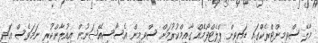
މާލޭ ސްވިމިންޓްރެކްގައި ޑައިވިން ޕްލެޓްފޯމެއް ގާއިމްކުރުމަށް ސްވިމިން އެސޯސިއޭޝަނުން އިއުލާންކުރި ނަމަވެސް އަދި